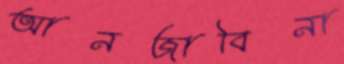
আনজাবিনা